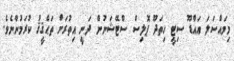
މިމައްސަލަ އައްޑޫ ސިޓީ ހިތަދޫ ޕޮލިސް ސްޓޭޝަނުން ދަނީ އިތުރަށް ތަޙްޤީޤު ކުރަމުންނެވެ.